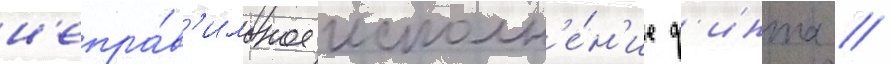
н'епра́в'ильное исполн'е́н'ие ф'инта //